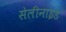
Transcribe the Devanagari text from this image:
सेलीनाइड